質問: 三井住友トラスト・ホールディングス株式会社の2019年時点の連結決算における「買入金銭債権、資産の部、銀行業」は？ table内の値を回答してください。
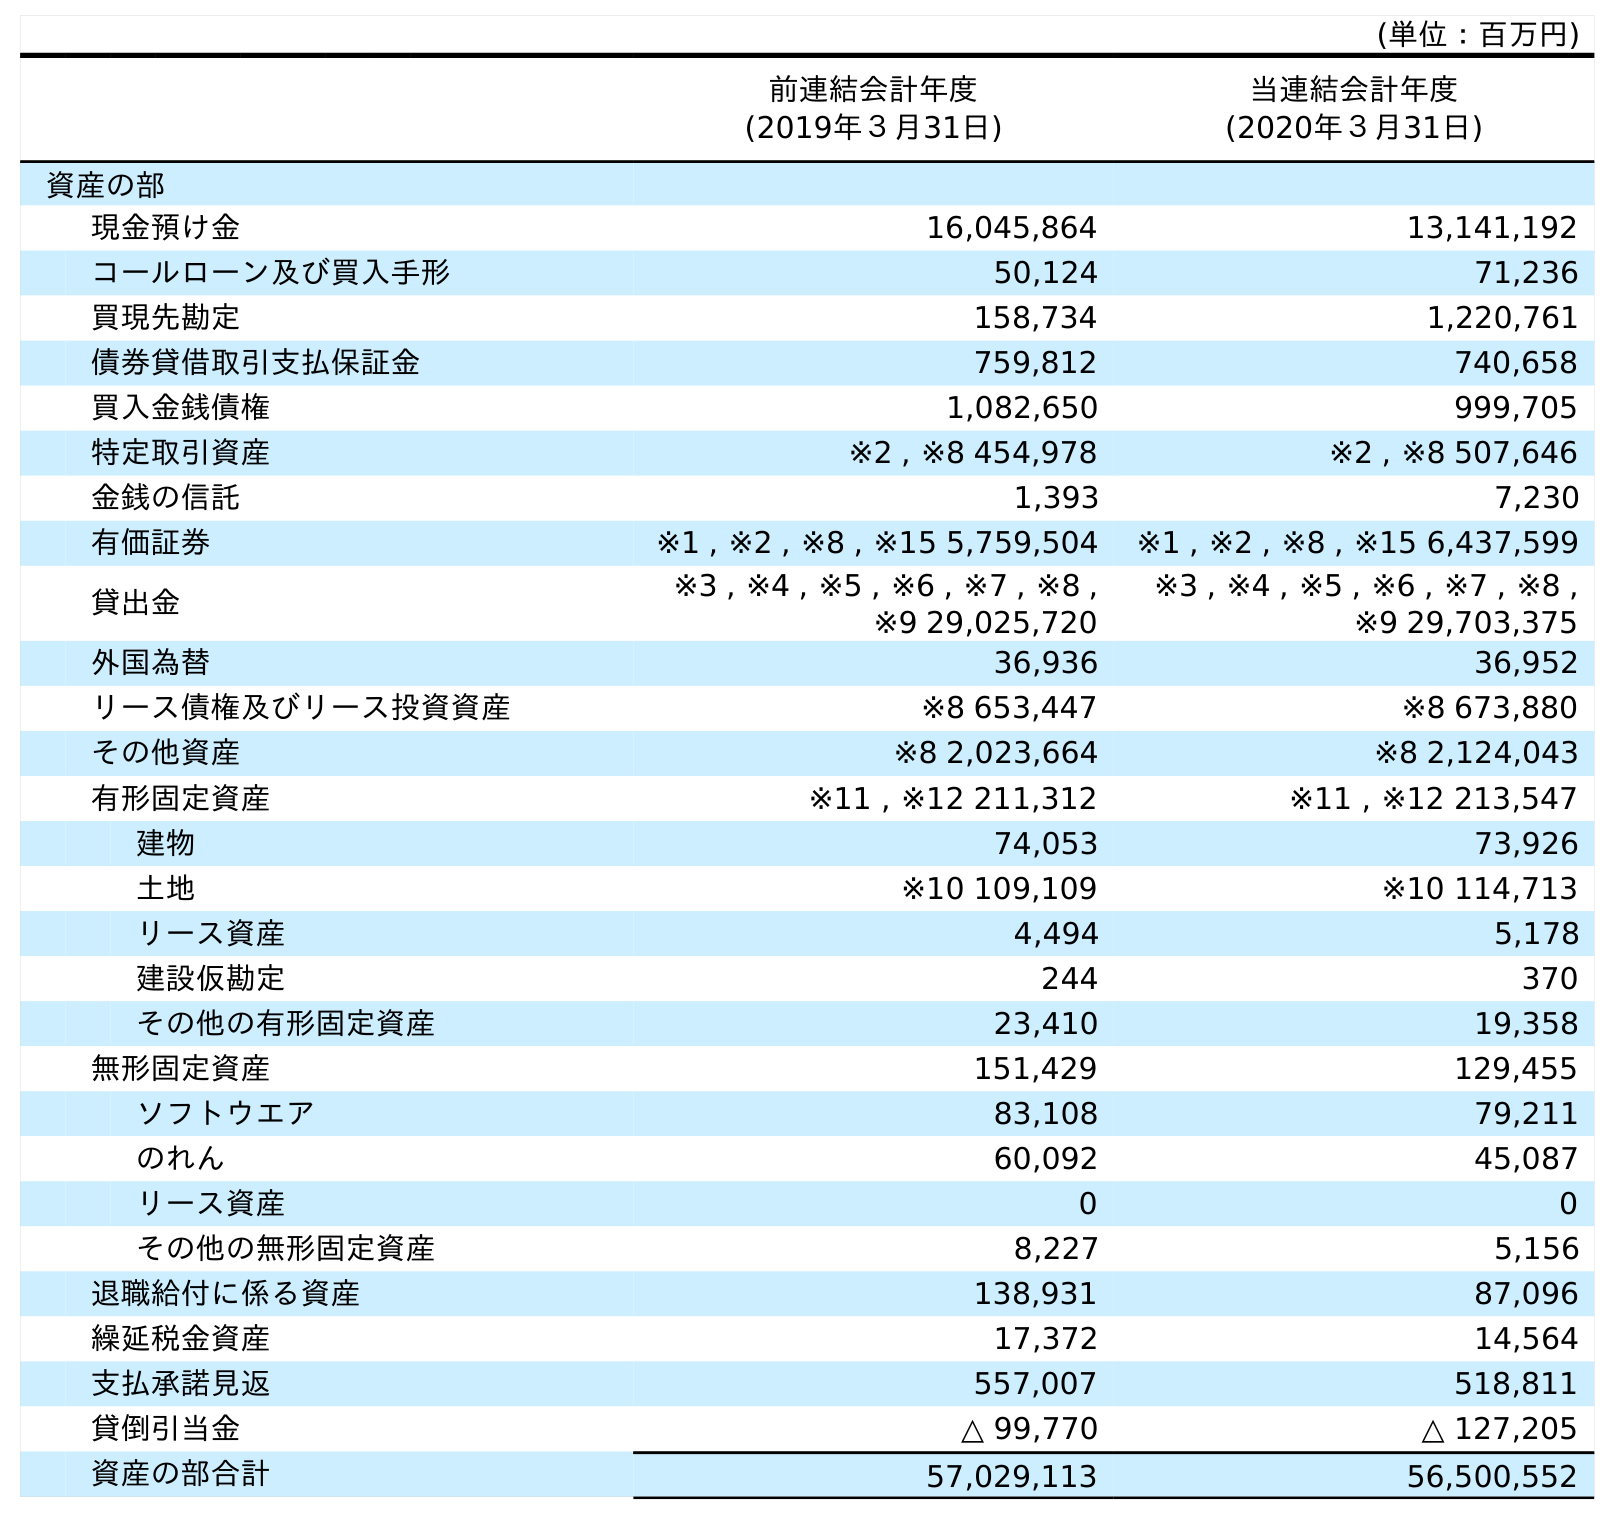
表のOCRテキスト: (単位：百万円) 前連結会計年度 (2019年３月31日) 当連結会計年度 (2020年３月31日) 資産の部 現金預け金 16,045,864 13,141,192 コールローン及び買入手形 50,124 71,236 買現先勘定 158,734 1,220,761 債券貸借取引支払保証金 759,812 740,658 買入金銭債権 1,082,650 999,705 特定取引資産 ※2 , ※8 454,978 ※2 , ※8 507,646 金銭の信託 1,393 7,230 有価証券 ※1 , ※2 , ※8 , ※15 5,759,504 ※1 , ※2 , ※8 , ※15 6,437,599 貸出金 ※3 , ※4 , ※5 , ※6 , ※7 , ※8 , ※9 29,025,720 ※3 , ※4 , ※5 , ※6 , ※7 , ※8 , ※9 29,703,375 外国為替 36,936 36,952 リース債権及びリース投資資産 ※8 653,447 ※8 673,880 その他資産 ※8 2,023,664 ※8 2,124,043 有形固定資産 ※11 , ※12 211,312 ※11 , ※12 213,547 建物 74,053 73,926 土地 ※10 109,109 ※10 114,713 リース資産 4,494 5,178 建設仮勘定 244 370 その他の有形固定資産 23,410 19,358 無形固定資産 151,429 129,455 ソフトウエア 83,108 79,211 のれん 60,092 45,087 リース資産 0 0 その他の無形固定資産 8,227 5,156 退職給付に係る資産 138,931 87,096 繰延税金資産 17,372 14,564 支払承諾見返 557,007 518,811 貸倒引当金 △ 99,770 △ 127,205 資産の部合計 57,029,113 56,500,552
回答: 1,082,650